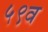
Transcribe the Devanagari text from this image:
५९व